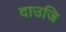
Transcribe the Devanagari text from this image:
दाउजि